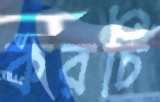
করচি